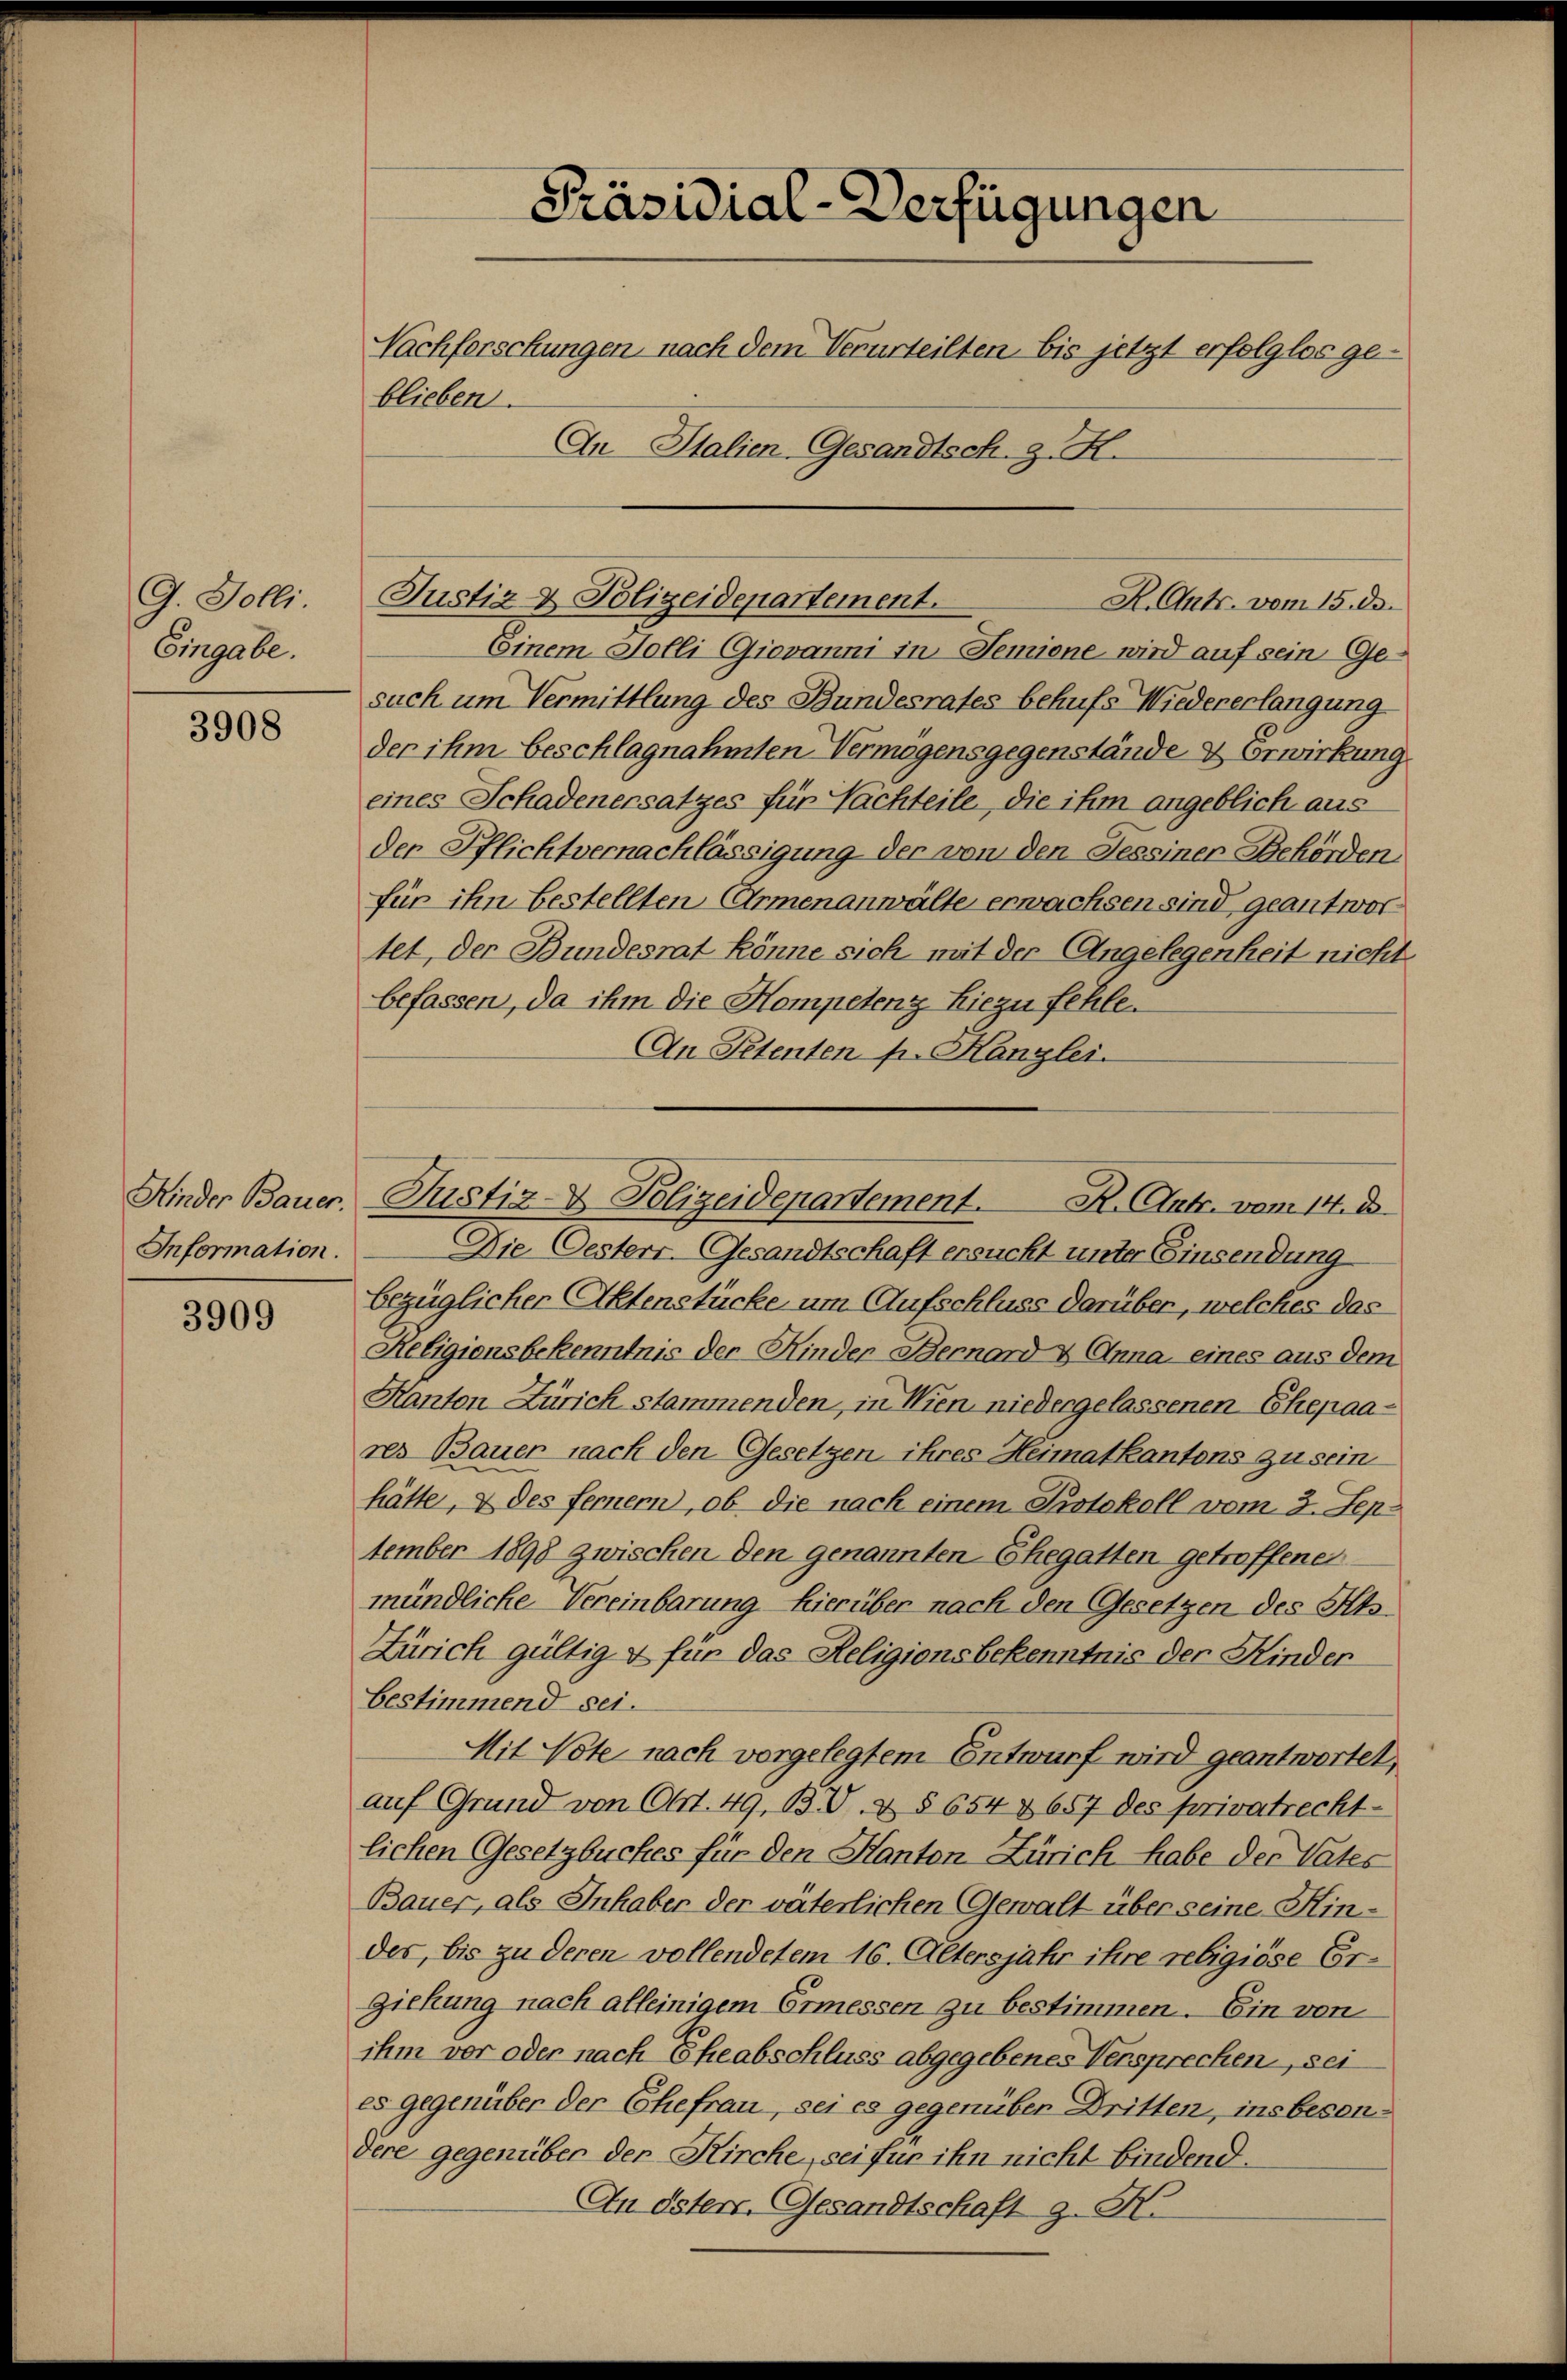
G. Solli.
Eingabe.

3908

Kinder Bauer.
Information.

3909

Präsidial-Verfügungen
Nachforschungen, nach dem Verurteilten bis jetzt erfolglos ge-
blieben.
An Italien-GGesandtsch. J. H.

Einem Jolli Giovanni in Semiene, wird auf sein Gesuch um Vermittlung des Bundesrates behufs Wiedererlangung
der ihm beschlagnahmten Vermögensgegenstände & Erwirkung
eines Schadenersatzes für Nachteile, die ihm angeblich aus
der Pflichtvernachlässigung der von den Tessiner Behörden
für ihn bestellten Armenanwälte erwachsen sind geantwortet, der Bundesrat könne sich mit der Angelegenheit nicht
befassen, da ihm die Kompetenz hiezu fehle
An Petenten p. Kanzlei.

Justiz & Polizeidepartement.
R. Ant. vom 15. ds.

Die Oesterr. Gesandtschaft ersucht unter Einsendung
bezüglicher Aktenstücke um Aufschluss darüber, welches das
Religionsbekenntnis der Kinder Bernard & Anna, eines aus dem
Kanton Zürich stammenden, in Wien niedergelassenen Ehepaares Bauer nach den Gesetzen ihres Heimatkantons zu sein
hätte, & des fernern, ob die nach einem Protokoll vom 3. Sep-
tember 1898 zwischen den genannten Ehegatten getroffenen
mündliche Vereinbarung hierüber nach den Gesetzen des Kts.
Zürich gültig & für das Religionsbekenntnis der Kinder
bestimmend sei.
Mit Note nach vorgelegtem Entwurf wird geantwortet,
auf Grund von 661. 49, BV. & § 654 & 657 des privatrecht-
lichen Gesetzbuches für den Kanton Zürich habe der Vates
Bauer, als Inhaber der väterlichen Gewalt über seine Hindes, bis zu deren vollendetem 16. Altersjahr ihre religiöse Ergickung nach alleinigem Ermessen zu bestimmen. Ein von
ihm vor oder nach Eheabschluss abgegebenes Versprechen, sei
es gegenüber der Ehefrau, sei es gegenüber Dritten, insbesondere gegenüber der Kirche, sei für ihn nicht bindend.
An öster. Gesandtschaft z. K.

Justiz- & Polizeidepartement. R. utr. vom 14. D.